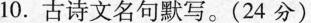
10.古诗文名句默写。(24分)